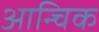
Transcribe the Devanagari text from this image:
आन्चिक